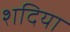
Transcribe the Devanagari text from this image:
शदिया